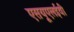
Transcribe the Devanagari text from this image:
एसयूएलईवी